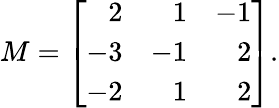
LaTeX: M=\left[{\begin{array}{rrr}{2}&{1}&{-1}\\ {-3}&{-1}&{2}\\ {-2}&{1}&{2}\end{array}}\right]{\mathrm{.}}